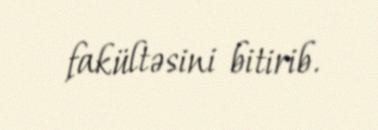
fakültəsini bitirib.